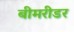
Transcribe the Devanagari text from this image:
बीमरीडर